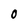
Character: 0